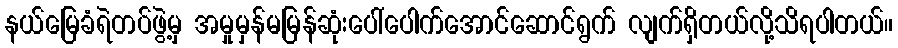
နယ်မြေခံရဲတပ်ဖွဲ့မှ အမှုမှန်မမြန်ဆုံးပေါ်ပေါက်အောင်ဆောင်ရွက် လျက်ရှိတယ်လို့သိရပါတယ်။